Vital statistics of India. Vol. IV, Annual returns from 1871 to 1876. British Army of India, Native Army and jails of Bengal
Year: 1871
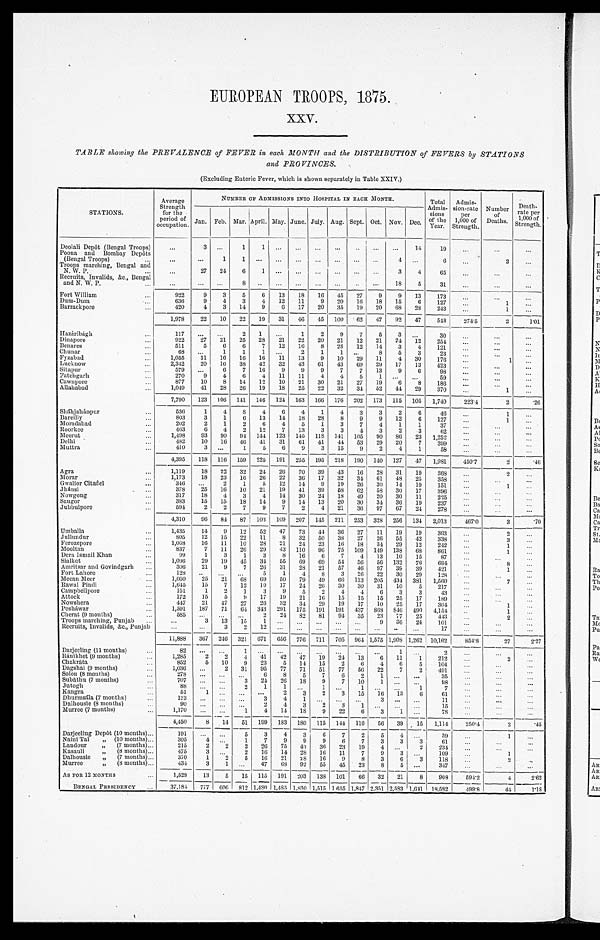
EUROPEAN TROOPS, 1875.
xxv.
TABLE showing the PREVALENCE of FEVER in each MONTH and the DISTRIBUTION of FEVERS by STATIONS
and PROVINCES.
(Excluding Enteric Fever, which is shown separately in Table XXIV.)
STATIONS.
Average
Strength for the
period of
occupation.
NUMBER OF ADMISSIONS INTO HOSPITAL IN EACH MONTH.
Total Admis- sions of the
Year. Admi s s i on- r at e
per
1,000 of
Strength.
Number of
Deaths.
Death- rate per
1, 000 of
Strength.
Jan. Feb. Mar. April. May. June. July. Aug. Sept. Oct. Nov. Dec.
Deolali Depôt (Bengal Troops)
3
1
1
1 4 19
Poona and Bombay Depôts
(Bengal Troops)
1 1
4
6
2
Troops marching, Bengal and
N. W. P.
27 24 6
1
3 4 65
Recruits, Invalids, &c., Bengal
and N. W. P.
8
18 5 31
Fort William
922 9 3 5 6 13 18 1 6 45 27 9 9 13 173
Dum-Dum
636 9 4 3 4 12 11 9 20 1 6 18 15 6 127
1
Barrackpore
420 4 3 14 9 6 17 20 35 19 20 68 28 243
1
1, 978 22 10 22 19 31 46 45 100 62 47 92 47 543 274.5
2 1. 01
Hazáribágh
117
2 1
1 2 9 7 5 3
3 0
Dinapore
922 27 21 25 28 21 22 20 21 12 21 24 12 254
Benares
511 5 6
6 7 12 16 8 28 12 14 3 4 121
Chunar
68
1 1
1
2 1 1
8 5 3 23
Fyzabad
1, 055 11 16 16 16 11 13 9 10 29 11 4 30 176
1
Lucknow
2, 342 20 16 38 42 32 43 61 43 69 29 17 13 423
Sitapur
579
6 7 16 9 9 9 7 7 13 9 6 98
F a t e h g a r h 270 9 4 6 4 11 11 4 4 5 1
59
Cawnpore
877 10 8 14 12 10 21 30 21 27 19 6 8 186
Allahabad
1, 049 41 28 26 19 18 25 22 32 3 4 52 44 29 370
1
7, 790 123 106 141 146 124 163 166 176 202 173 115 105 1, 740 223.4
2
. 2 6
Sháhjahánpur
536 1 4
8 4 6 4 1 4 3 3 2 6 46
1
Bareilly
803 3 1 6 13 14 18 2 8 8 9 9 12 6 127
1
Moradabad
202 2 1 2 6 4 5 1 3 7 4 1 1 37
Roorkee
463 6 4 2 12 7 13 3 3 4 3 2 3 62
Meerut
1, 498 93 90 94 144 123 145 118 141 105 90 86 23 1, 252
Delhi
482 10 16 46 41 31 61 41 4 4 53 29 20 7 399
Muttra
410
3
1 5 6 9 3 15 9 2 4 1 58
4, 395 118 116 159 225 191 255 195 2 1 8 190 140 127 47 1,981 450.7
2 . 4 6
Agra
1, 119 18 22 32 24 26 70 39 4 3 16 28 31 19 368
2
Morar
1, 173 18 23 16 26 22 36 17 32 34 61 48 25 358
Gwalior Citadel
346
2 1 5 12 14 9 19 26 30 14 19 151
1
Jhánsi
378 25 16 10 21 19 41 39 58 62 58 30 17
3 9 6
Nowgong
317 18
4 3 4 14 30 24 18 49 20 30 11 225
Saugor
383 15 15 18 14 9 14 13 20 30 34 36 19 237
Jubbulpore
594 2 2 7 9 7 2 4 21 36 97 6 7 24 278
4, 310 96 84 87 103 109 207 145 211 253 328 256 134 2, 013 467.0
3 . 70
Umballa
1, 435 14 9 12 52 47 73 44 3 6 27 11 19 19 363
2
Jullundur
8 0 5 12 15 22 11 8 32 50 38 27 26 55 42 338
3
Ferozepore 1, 068 16 11 10 28 21 24 23 16 18 34 29 12 242
1
Mooltan
837 7 11 26 29 4 3 110 96 75 109 149 138 68 861
1
Dera Ismail Khan
99 1 3 1 3 8 16 6 7 4 13 10 15 87
Sialkot
1, 096 29 19 45 34 55 69 69 54 56 56 132 76 694
8
Amritsar and Govindgarh
306 21 9 7 26 31 28 21 57 46 97 39 39 421
1
Fort Lahore
1 2 8
5 1 4 8 3 26 22 30 29 128
Meean Meer
1, 050 25 21 68 69 50 79 49 66 113 205 434 381 1, 560
7
Rawal Pindi
1, 645 15 7 12 10 17 24 26 30 30 31 10 5 217
Campbellpore
151 1 2 1 3 9 5 2 4 4 6 3 3 43
Attock
172 15 5
9 17 19 21 16 15 15 15 25 17 189
Nowshera
447 21 4 7 27 26 32 34 29 19 17 10 25 17 304
1
Pesháwar 1, 591 187 71 64 343 291 175 191 191 4 3 7 868 846 490 4, 154
1
Cherat (9 months)
585
2 24 82 81 94 35 23 77 25 443
2
Troops marching, Punjab
3 13 15 1
9 36 24 101
Recruits, Invalids, &c., Punjab
3 2 12
17
11, 888 367 246 321 671 656 776 711 705 964 1, 575 1, 908 1, 262 10, 162 854.8
27
2 . 2 7
Darjeeling (11 months)
8 2
1
1
2
Ránikhet (9 months)
1, 285 2 2 4 41 42 47 19 24 13 6 11 1 212
2
Chakráta
852 5 10 9 23 5 14 15 2 6 4 6 5 104
Dagshai (9 months)
1,036
2 31 95 77 71 51 77 56 22 7 2 491
Solon (8 months)
278
6 8 5 7 6 2 1
35
Subáthu (7 months)
707
3 24 26 18 9 7 10 1
98
Jutogh
8 8
2 1 1
1
1
1 7
Kangra
51 1
2 3 2 3 15 16 13 6 61
Dhurmsála (7 months)
1 2 3
3 4 1
3
11
Dalhousie (8 months)
9 0
2 4 3 2 3 1
15
Murree (7 months)
1, 170 4 , 4 5 0 8 1 4 15 1 41 9 9 141 8 3 18 1 8 0 91 1 5 22 1 4 4 61 1 0 3 5 6 13 9
1 5
7 8
1 , 1 1 4
2 5 0 . 4
2
. 4 5
Darjeeling Depot (10 months)
191
5 3 4 3 6 7 2 5 4
39
1
Naini Tal " (10 months)
305 4
1 7 9 9 9 6 7 3 3 3 61
Landour " (7 months)
215 2 2 2 26 75 43 36 23 19 4
2 234
Kasauli " (8 months)
475
3
2 16 14 28 16 11 7 9 3
109
1
Dalhousie " (7 months)
370 1 2 5 16 21 2 8 16 9 8 3 6 3 118
2
Murree " (8 months)
434 3 1
47 68 92 55 45 23 8 5
347
AS FOR 12 MONTHS
1 , 5 2 8
13 5 15 115 191 203 138 101 66 32 21 8 908 594.2
4 2 . 6 2
BENGAL PRESIDENCY
37, 184 777 606 812 1, 480 1, 485 1, 830 1, 515 1, 655 1, 847 2, 351 2, 583 1,641 18, 582
4 9 9 . 8
44 1 . 1 8